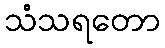
သံသရတော